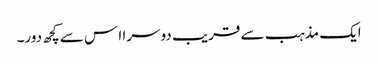
ایک مذہب سے قریب دوسرا ا س سے کچھ دور۔